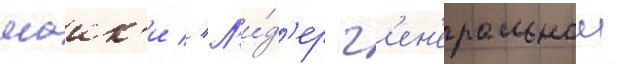
маик'и // Л'и́д'ер г'ен'еральнои